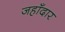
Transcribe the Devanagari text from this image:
जहाँदार